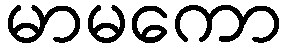
မာမကော